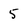
Character: 5